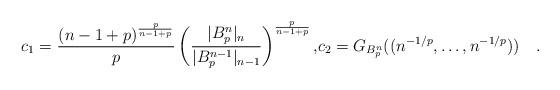
LaTeX: \begin{align*}c_1=\frac{(n-1+p)^{\frac{p}{n-1+p}}}{p}\left(\frac{|B_p^n|_n}{|B_p^{n-1}|_{n-1}}\right)^{\frac{p}{n-1+p}},& c_2=G_{B_p^n}((n^{-1/p},\dots,n^{-1/p}))\quad.\end{align*}